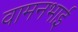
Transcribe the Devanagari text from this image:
वामनभाई